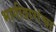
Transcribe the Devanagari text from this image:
भागीदारांचा